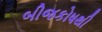
બીજકોષથી